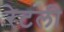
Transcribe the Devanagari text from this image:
रेटली